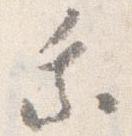
乗